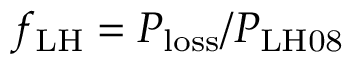
f _ { \mathrm { L H } } = P _ { \mathrm { l o s s } } / P _ { \mathrm { L H 0 8 } }